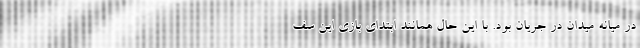
در میانه میدان در جریان بود. با این حال همانند ابتدای بازی این سف